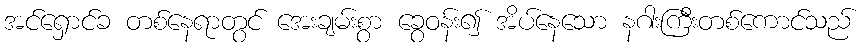
အင်ရှောင်ခ တစ်နေရာတွင် အေးချမ်းစွာ ခွေဝန်း၍ အိပ်နေသော နဂါးကြီးတစ်ကောင်သည်